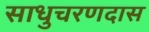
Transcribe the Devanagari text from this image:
साधुचरणदास